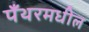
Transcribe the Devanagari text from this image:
पँथरमधील